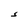
Character: S